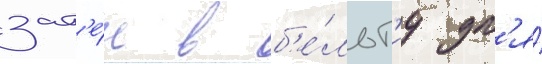
зат'е́м в б'е́льг'иу дл'я́